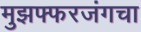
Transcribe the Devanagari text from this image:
मुझफ्फरजंगचा